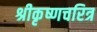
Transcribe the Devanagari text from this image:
श्रीकृष्णचरित्र